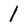
Character: 1